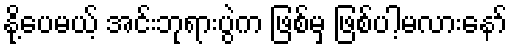
နို့ပေမယ့် အင်းဘုရားပွဲက ဖြစ်မှ ဖြစ်ပါ့မလားနော်